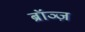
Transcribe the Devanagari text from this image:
ब्रॉञ्ज़